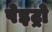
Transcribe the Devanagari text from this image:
पेइट्रो